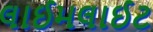
લાઈમલાઈટ